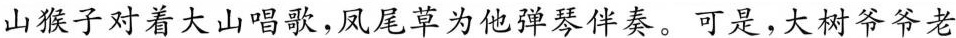
山猴子对着大山唱歌，凤尾草为他弹琴伴奏。可是，大树爷爷老